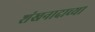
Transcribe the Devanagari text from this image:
शंखनादाच्या